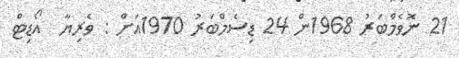
21 ނޮވެމްބަރު 1968ން 24 ޑިސެމްބަރު 1970އަށް : ވެރިޔާ  އޯޑިޓް